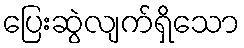
ပြေးဆွဲလျက်ရှိသော